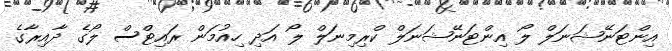
އިންޓަނޭޝަނަލް ލޯ އިންޓަނޭޝަނަލް ކްރިމިނަލް ލޯ އަދި ހިއުމަން ރައިޓްސް ލޯގެ ދާއިރާގެ